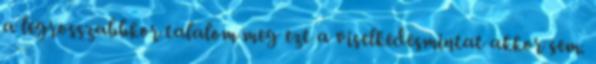
a legrosszabbkor talalom meg ezt a viselkedesmintat akkor sem.